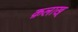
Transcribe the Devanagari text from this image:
क़लाख्‌